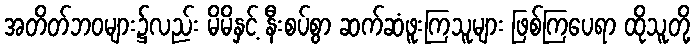
အတိတ်ဘဝများ၌လည်း မိမိနှင့် နီးစပ်စွာ ဆက်ဆံဖူးကြသူများ ဖြစ်ကြပေရာ ထိုသူတို့